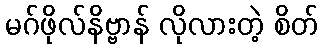
မဂ်ဖိုလ်နိဗ္ဗာန် လိုလားတဲ့ စိတ်